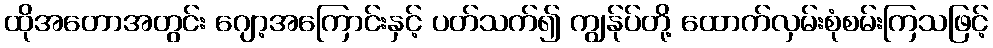
ထိုအတောအတွင်း ဂျော့အကြောင်းနှင့် ပတ်သက်၍ ကျွန်ုပ်တို့ ထောက်လှမ်းစုံစမ်းကြသဖြင့်